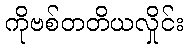
ကိုဗစ်တတိယလှိုင်း